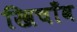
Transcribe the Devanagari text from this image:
खिचाँव